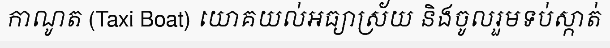
កាណូត (Taxi Boat) យោគយល់អធ្យាស្រ័យ និងចូលរួមទប់ស្កាត់